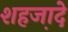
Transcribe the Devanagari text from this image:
शहजा़दे